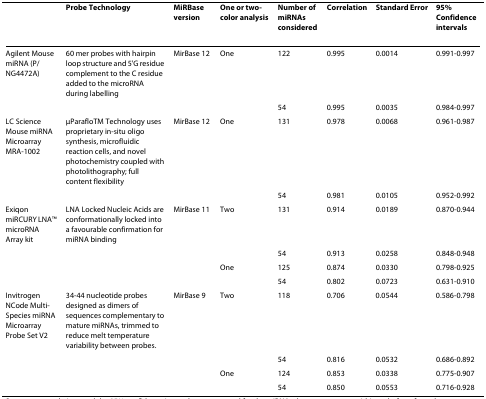
<table><thead><tr><td></td><td><b>Probe Technology</b></td><td><b>MiRBase version</b></td><td><b>One or two-color analysis</b></td><td><b>Number of miRNAs considered</b></td><td><b>Correlation</b></td><td><b>Standard Error</b></td><td><b>95% Confidence intervals</b></td></tr></thead><tbody><tr><td>Agilent Mouse miRNA (P/NG4472A)</td><td>60 mer probes with hairpin loop structure and 5&#x27;G residue complement to the C residue added to the microRNA during labelling</td><td>MirBase 12</td><td>One</td><td>122</td><td>0.995</td><td>0.0014</td><td>0.991-0.997</td></tr><tr><td></td><td></td><td></td><td></td><td>54</td><td>0.995</td><td>0.0035</td><td>0.984-0.997</td></tr><tr><td>LC Science Mouse miRNA Microarray MRA-1002</td><td>μParafloTM Technology uses proprietary in-situ oligo synthesis, microfluidic reaction cells, and novel photochemistry coupled with photolithography; full content flexibility</td><td>MirBase 12</td><td>One</td><td>131</td><td>0.978</td><td>0.0068</td><td>0.961-0.987</td></tr><tr><td></td><td></td><td></td><td></td><td>54</td><td>0.981</td><td>0.0105</td><td>0.952-0.992</td></tr><tr><td>Exiqon miRCURY LNATM microRNA Array kit</td><td>LNA Locked Nucleic Acids are conformationally locked into a favourable confirmation for miRNA binding</td><td>MirBase 11</td><td>Two</td><td>131</td><td>0.914</td><td>0.0189</td><td>0.870-0.944</td></tr><tr><td></td><td></td><td></td><td></td><td>54</td><td>0.913</td><td>0.0258</td><td>0.848-0.948</td></tr><tr><td></td><td></td><td></td><td>One</td><td>125</td><td>0.874</td><td>0.0330</td><td>0.798-0.925</td></tr><tr><td></td><td></td><td></td><td></td><td>54</td><td>0.802</td><td>0.0723</td><td>0.631-0.910</td></tr><tr><td>Invitrogen NCode Multi-Species miRNA Microarray Probe Set V2</td><td>34-44 nucleotide probes designed as dimers of sequences complementary to mature miRNAs, trimmed to reduce melt temperature variability between probes.</td><td>MirBase 9</td><td>Two</td><td>118</td><td>0.706</td><td>0.0544</td><td>0.586-0.798</td></tr><tr><td></td><td></td><td></td><td></td><td>54</td><td>0.816</td><td>0.0532</td><td>0.686-0.892</td></tr><tr><td></td><td></td><td></td><td>One</td><td>124</td><td>0.853</td><td>0.0338</td><td>0.775-0.907</td></tr><tr><td></td><td></td><td></td><td></td><td>54</td><td>0.850</td><td>0.0553</td><td>0.716-0.928</td></tr></tbody></table>